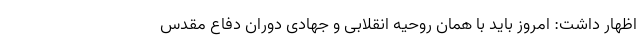
اظهار داشت: امروز باید با همان روحیه انقلابی و جهادی دوران دفاع مقدس